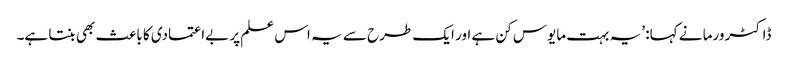
ڈاکٹر ورما نے کہا: ’یہ بہت مایوس کن ہے اور ایک طرح سے یہ اس علم پر بےاعتمادی کا باعث بھی بنتا ہے۔